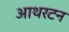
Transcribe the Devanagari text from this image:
आथरटन